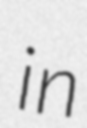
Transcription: in